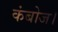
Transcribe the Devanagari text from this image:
कंबोज।